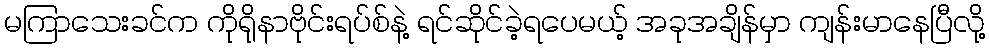
မကြာသေးခင်က ကိုရိုနာဗိုင်းရပ်စ်နဲ့ ရင်ဆိုင်ခဲ့ရပေမယ့် အခုအချိန်မှာ ကျန်းမာနေပြီလို့